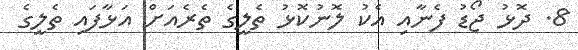
8. ދޮޅު ޖޯޑު ފެނާއި އެކު ލޮނުކޮޅު ތެލީގެ ތެރެއަށް އަޅާފައި ތެލީގެ